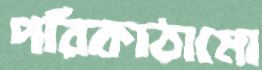
পরিকাঠামো